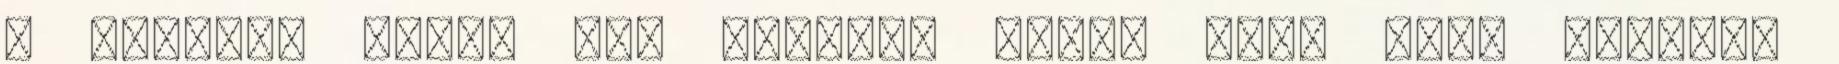
7 évesen? Akkor még kisbaba volt, nem? Emma kisbaba